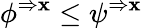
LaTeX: \phi^{\Rightarrow\mathbf{x}}\leq\psi^{\Rightarrow\mathbf{x}}